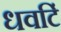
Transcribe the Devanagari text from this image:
धवटिं